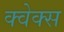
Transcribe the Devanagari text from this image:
क्वेक्स